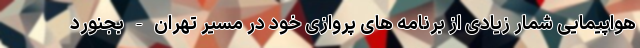
هواپیمایی شمار زیادی از برنامه های پروازی خود در مسیر تهران - بجنورد